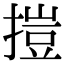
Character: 㨟